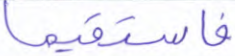
فاستقيما